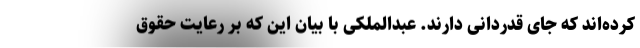
کرده‌اند که جای قدردانی دارند. عبدالملکی با بیان این که بر رعایت حقوق